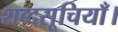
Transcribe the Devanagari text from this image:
शब्दसूचियाँ।